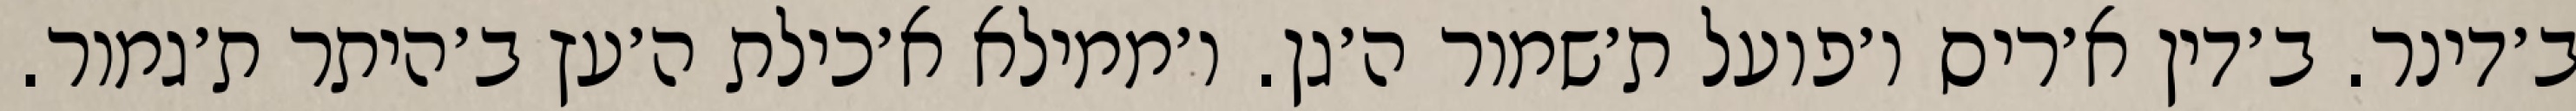
ב׳דינר. ב׳דין א׳ריס ו׳פועל ת׳שמור ה׳גן. ו׳ממילא א׳כילת ה׳עץ ב׳היתר ת׳גמור.